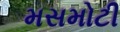
મસમોટી